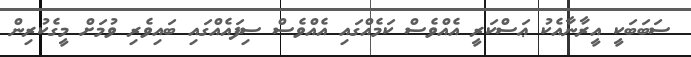
ސަބަބަކީ އީރާނާއެކު ޢަސްކަރީ އެއްވެސް ކަމެއްގައި އެއްވެސް ސިފައެއްގައި ބައިވެރި ވުމަށް މީގެކުރިން